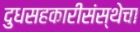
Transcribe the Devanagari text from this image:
दुधसहकारीसंस्थेचा